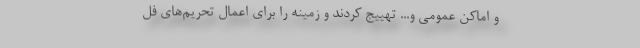
و اماکن عمومی و... تهییج کردند و زمینه را برای اعمال تحریم‌های فل